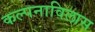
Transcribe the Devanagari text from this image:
कल्पनाविलास